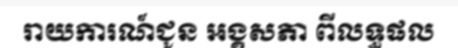
រាយការណ៍ជូន អង្គសភា ពីលទ្ធផល